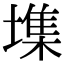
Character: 㙫